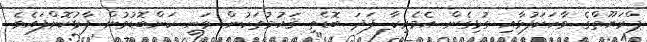
ޕްރަޔޫތްގެ ވާހަކަފުޅާއި ގުޅިގެން އެމެރިކާ ފަދަ ބޮޑެތި ޤައުމުތަކުން ވަނީ ކަންބޮޑުވުން ފާޅުކޮށްފައެވެ.